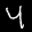
Label: 4